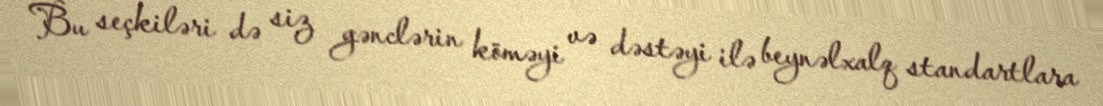
Bu seçkiləri də siz gənclərin köməyi və dəstəyi ilə beynəlxalq standartlara